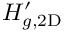
H _ { g , \mathrm { 2 D } } ^ { \prime }